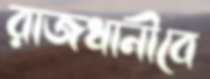
রাজধানীবে